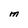
Character: M